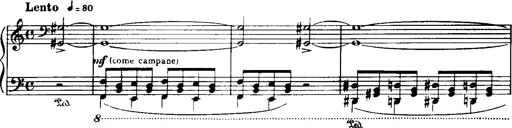
Title: Historische ungarische Bildnisse
Composer: Franz Liszt